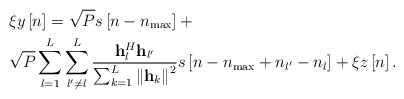
\begin{align*} \begin{aligned} &\xi y\left[ n \right] = \sqrt P s\left[ {n - {n_{\max }}} \right] +\\ &\sqrt P \sum\limits_{l = 1}^L {\sum\limits_{l' \ne l}^L {\frac{{{\bf{h}}_l^H{{\bf{h}}_{l'}}}}{{\sum\nolimits_{k = 1}^L {{{\left\| {{{\bf{h}}_k}} \right\|}^2}} }}s\left[ {n - {n_{\max }} + {n_{l'}} - {n_l}} \right]} } + \xi z\left[ n \right]. \end{aligned} \end{align*}